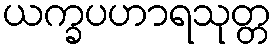
ယက္ခပဟာရသုတ္တ